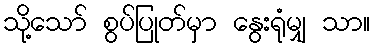
သို့သော် စွပ်ပြုတ်မှာ နွေးရုံမျှ သာ။